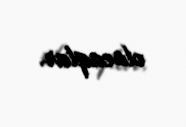
olacaqlar.